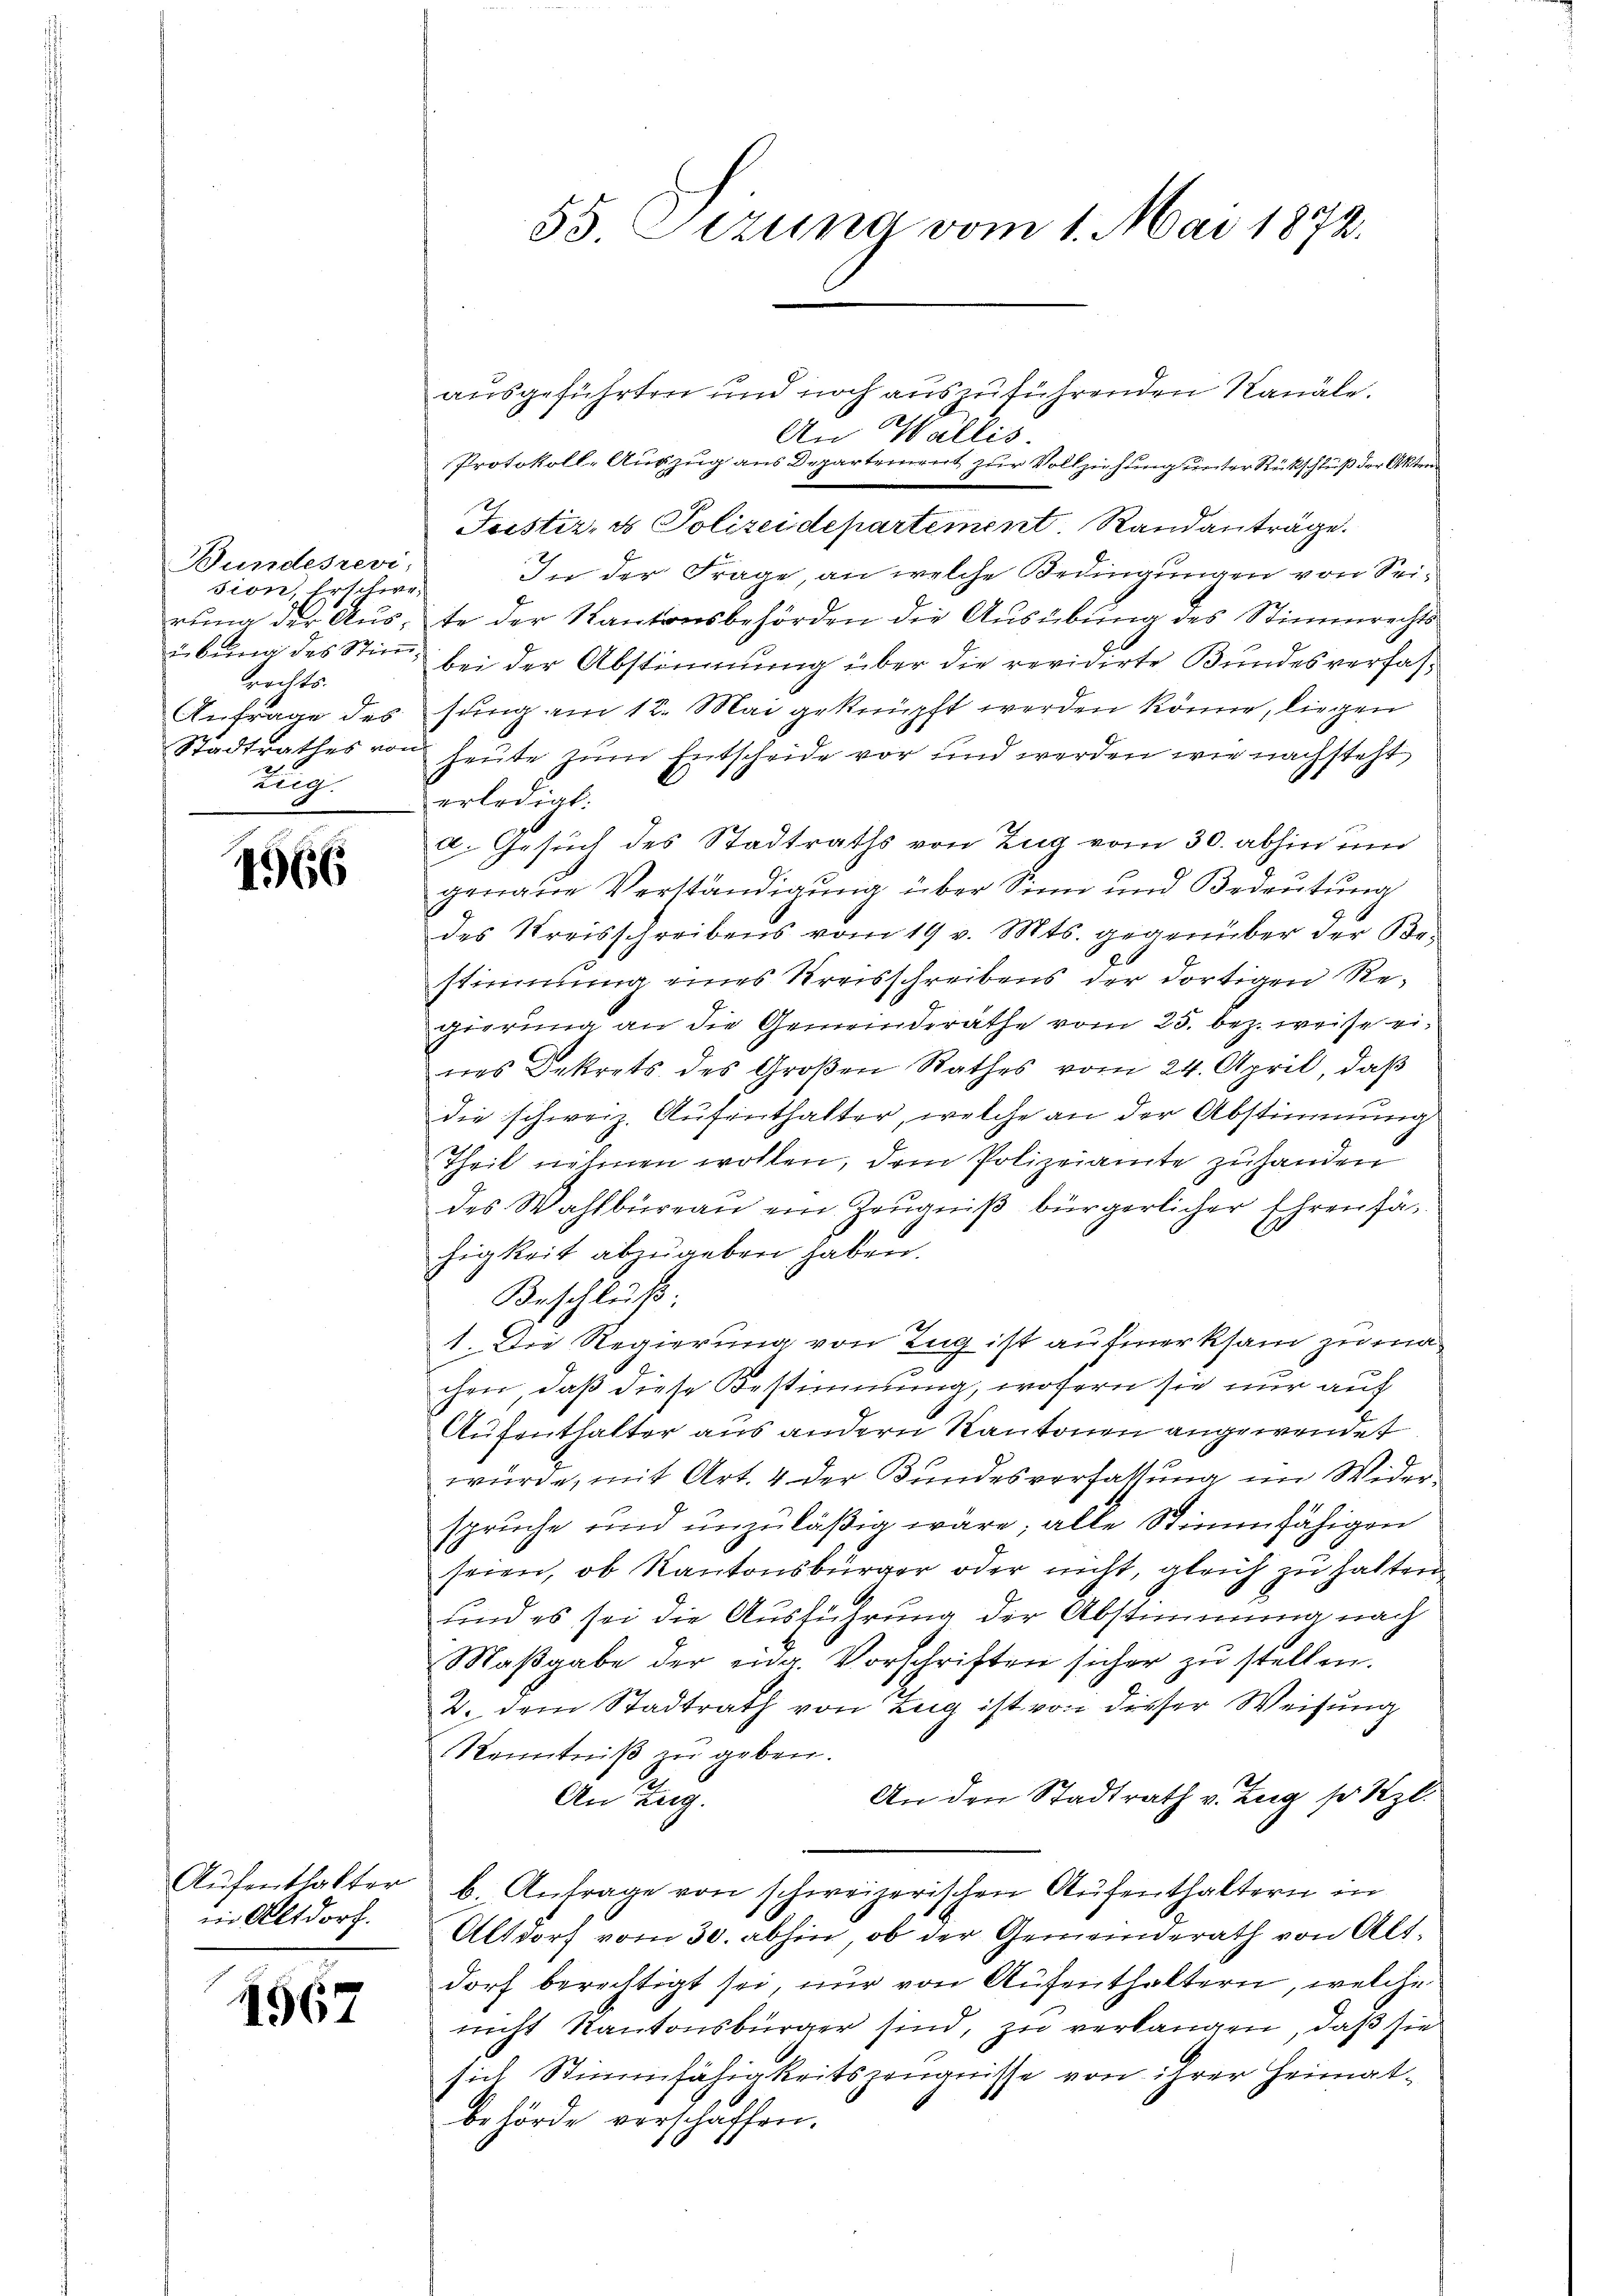
Bundesrevi;
sion, Erschwe¬
Brechts
Anfrage des
Zug.

4966

in Altdorf.

4967

ausgeführten und noch auszuführenden Kanäle.
An Wallis.
Justiz- & Polizeidepartement. Randanträge.
In der Frage, an welche Bedingungen von Seirung der Auste der Kantonsbehörden die Ausübung des Stimmrechts
übŭng des Stiṁ- bei der Abstimmung über die revidirte Bundesverfaß
sung am 12. Mai geknüpft werden könne, liegen
Stadtrathes von heute zum Entscheide vor und werden wie nachsteht
erledigt:
a. Gesuch des Stadtraths von Zug vom 30. abhin un
genaue Verständigung über Sinn und Bedeutung
des Kreisschreibens vom 19 v. Mts. gegenüber der Be-
stimmung eines Kreisschreibens der dortigen Regierung an die Gemeinderathe vom 25. bez. weise eines Dekrets des Großen Rathes vom 24. April, daß
die schweiz. Aufenthalter, welche an der Abstimmung
Theil nehmen wollen, dem Polizeiamte zuhanden
des Wahlbüreau ein Zeŭgniβ bürgerlicher Ehrenfähigkeit abzugeben haben.
Beschluß:
1. Die Regierung von Tag ist aufmerksam zu machen, daß diese Bestimmung, wofern sie nur auf
Aufenthalter aus andern Kantonen angewendet
wurde, mit Art. 4 der Bundesverfaltung im Widerspruche und unzuläßig wäre; alle Stimmfähigen
seien, ob Kantonsbürger oder nicht, gleich zu hatten
und es sei die Ausführung der Abstimmung nach
Maβgabe der eing. Vorschriften sicher zu stellen.
2. dem Stadtrath von Zug ist von dieser Weisung
Kenntniß zu geben.
An den Stadtrath v. Zug so Kzl.
An Zug.
e
Aŭfenthalter b. Antrage von schweizerischen Aŭfenthaltern in
Altdorf vom 30. abhin, ob der Gemeinderath von Alt-
dorf berechtigt sei, nur von Aufenthaltern, welche
nicht Kantonsbürger sind, zu verlangen, daß sie
sich Stimmfähigkeitszeugnisse von ihrer Heimatbehörde verschaffen.

55 Sizung vom 1. Mai 1872,

Protokoll-Aŭszŭg ans Departement zŭr Vollziehung unter Rückschluß der Akten